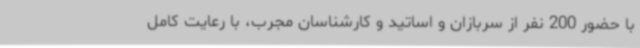
با حضور 200 نفر از سربازان و اساتید و کارشناسان مجرب، با رعایت کامل